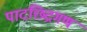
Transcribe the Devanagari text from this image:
पादछिद्रगण